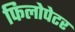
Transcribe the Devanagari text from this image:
फिलोपेटर